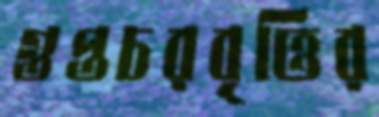
গুপ্তচরবৃত্তির